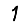
Digit: 1